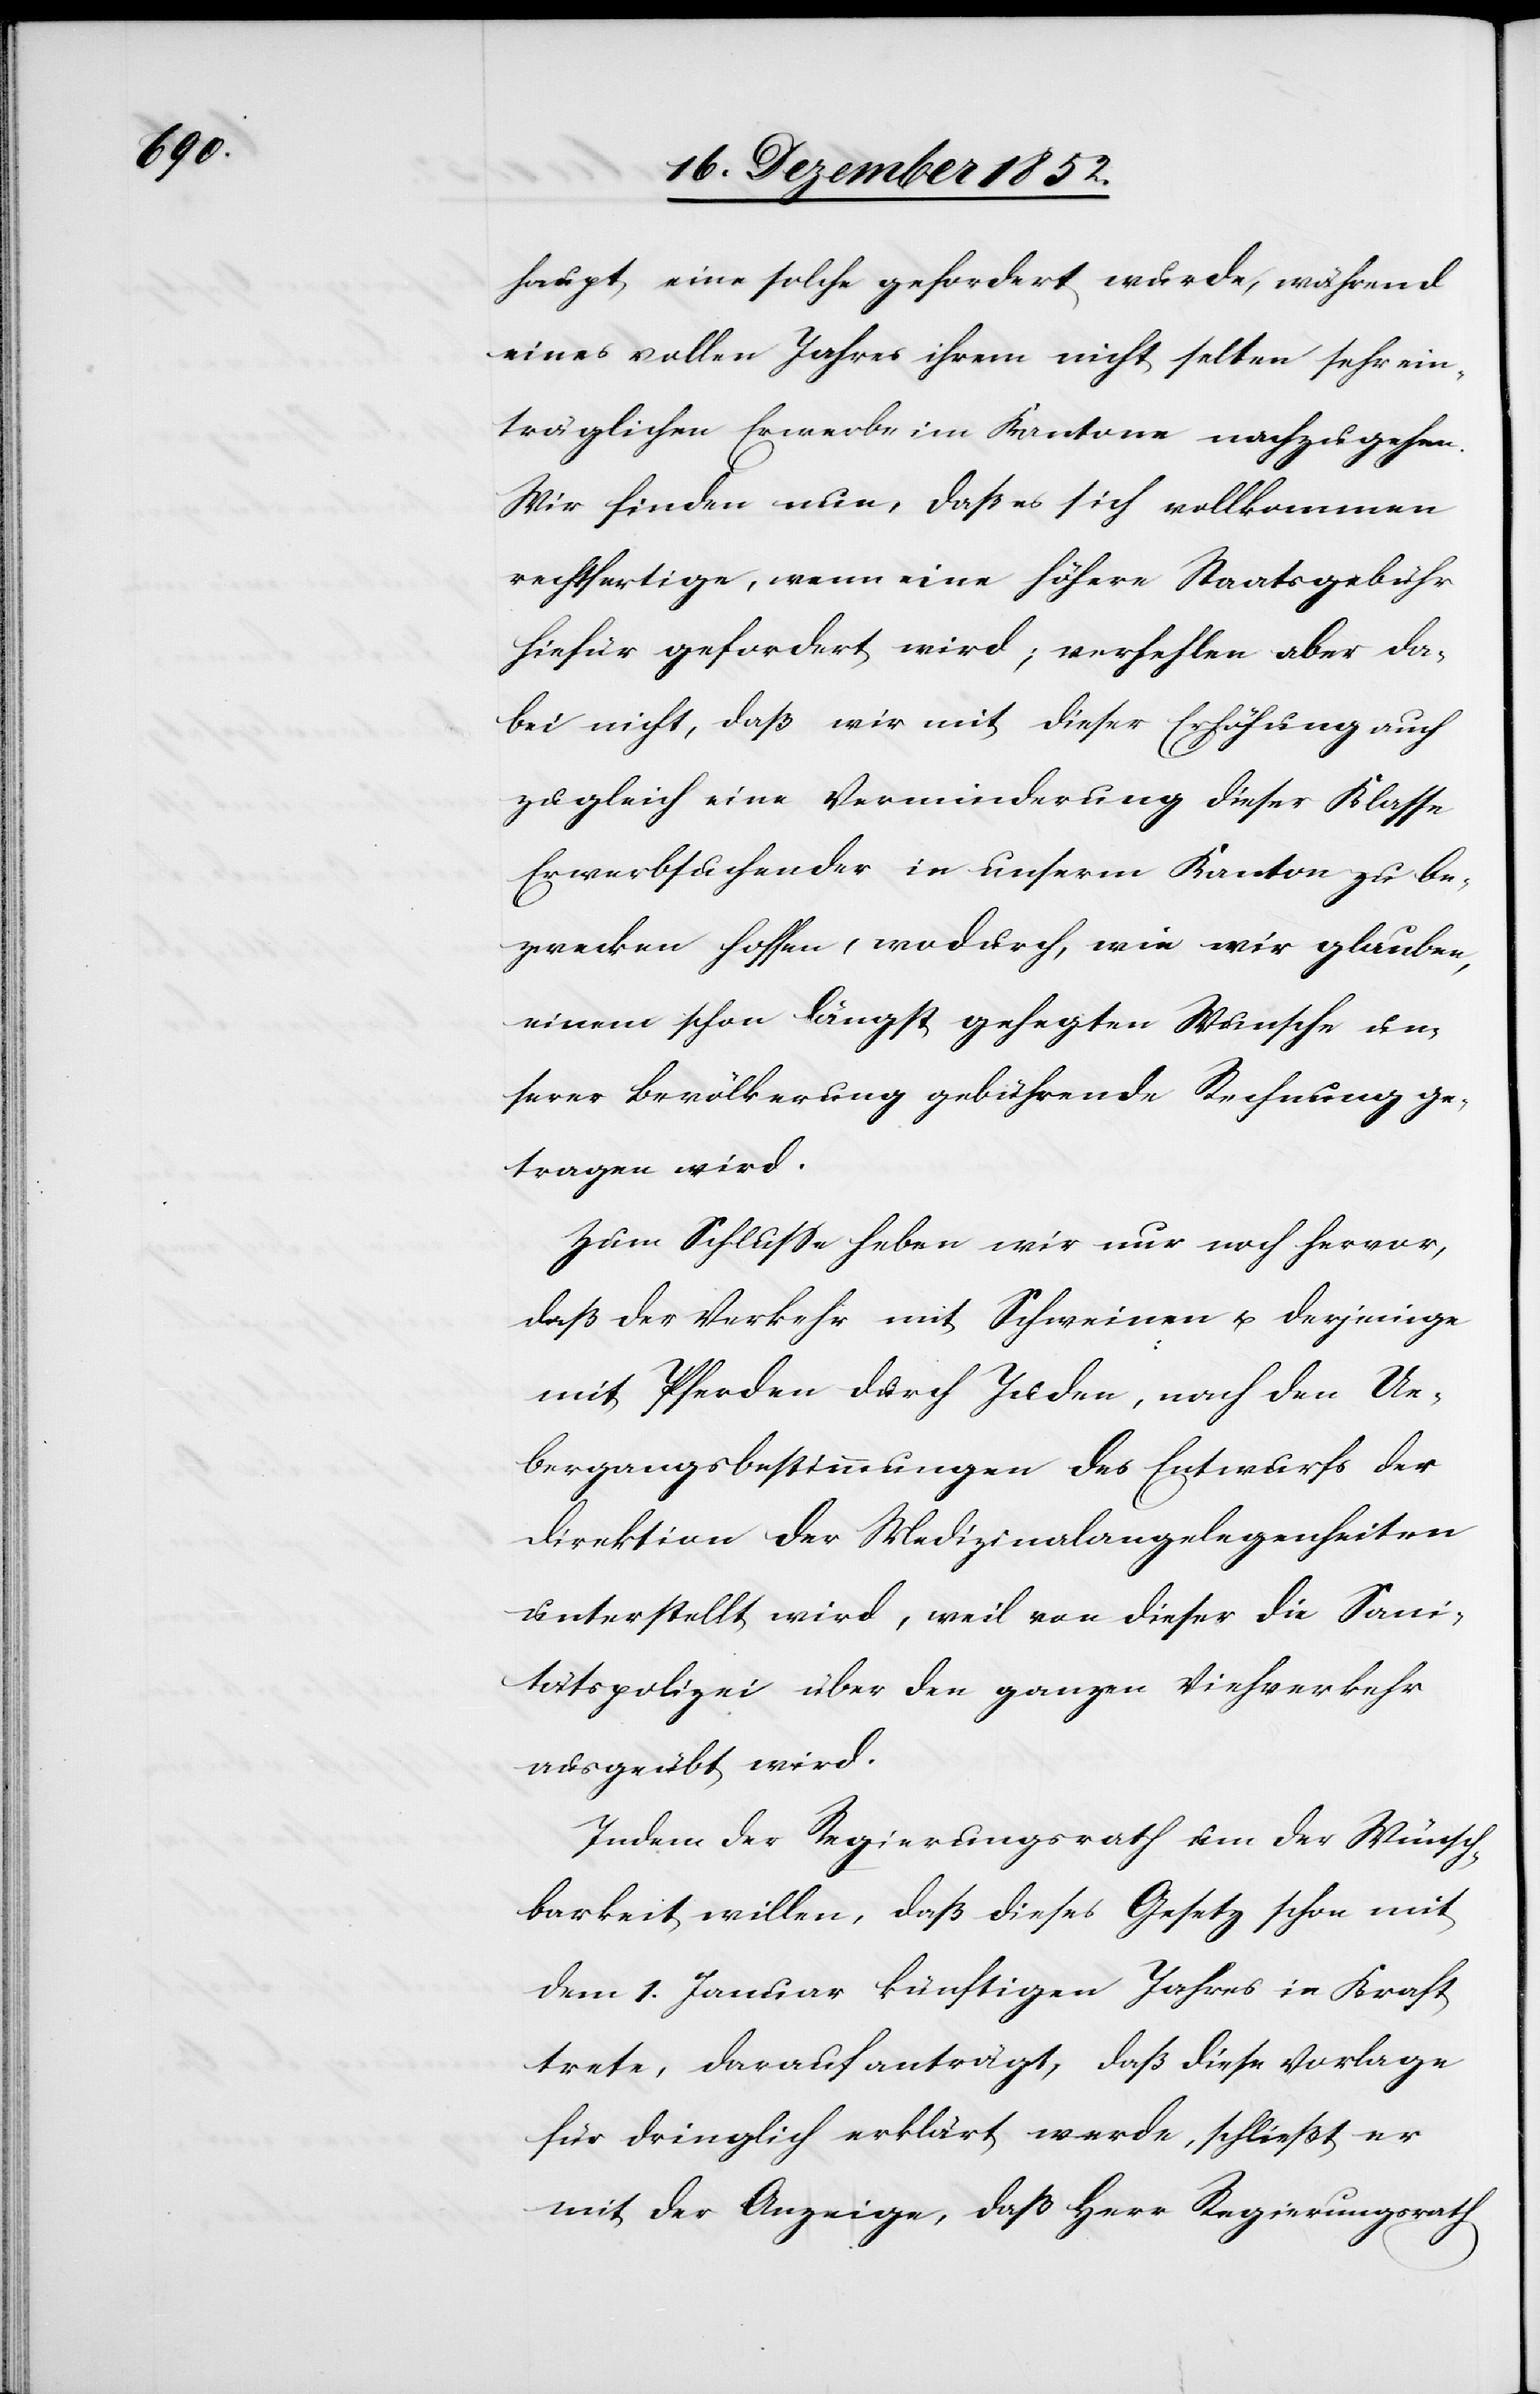
haupt eine solche gefordert wurde, während
eines vollen Jahres ihrem nicht selten sehr ein¬
träglichen Erwerbe im Kantone nachzugehen.
Wir finden nun, daß es sich vollkommen
rechtfertige, wenn eine höhere Staatsgebühr
hiefür gefordert wird; verhehlen aber da¬
bei nicht, daß wir mit dieser Erhöhung auch
zugleich eine Verminderung dieser Klasse
Erwerbsuchender in unserm Kanton zu be¬
zwecken hoffen, wodurch, wie wir glauben,
einem schon längst gehegten Wunsche un¬
serer Bevölkerung gebührende Rechnung ge¬
tragen wird.
Zum Schlusse heben wir nur noch hervor,
daß der Verkehr mit Schweinen u. derjenige
mit Pferden durch Juden, nach den Ue¬
bergangsbestimmungen des Entwurfs der
Direktion der Medizinalangelegenheiten
unterstellt wird, weil von dieser die Sani¬
tätspolizei über den ganzen Viehverkehr
ausgeübt wird.
Indem der Regierungsrath um der Wünsch¬
barkeit willen, daß dieses Gesetz schon mit
dem 1. Januar künftigen Jahres in Kraft
trete, darauf anträgt, daß diese Vorlage
für dringlich erklärt werde, schließt er
mit der Anzeige, daß Herr Regierungsrath